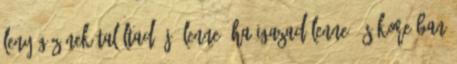
lenyűgözőnek találtad. Jó lenne, ha igazad lenne, és Koreában